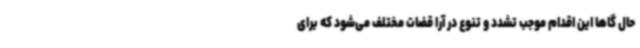
حال گاهاً این اقدام موجب تشدد و تنوع در آرا قضات مختلف می‌شود که برای